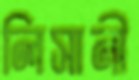
লিসানী